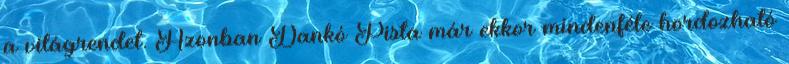
a világrendet. Azonban Dankó Pista már ekkor mindenféle hordozható